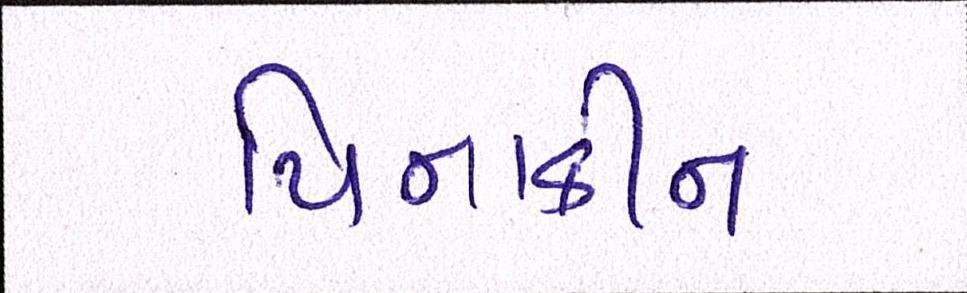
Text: પિનાકીન